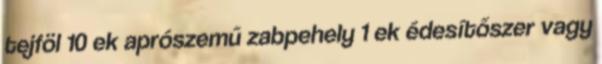
tejföl 10 ek aprószemű zabpehely 1 ek édesítőszer vagy